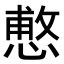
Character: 𭞑